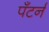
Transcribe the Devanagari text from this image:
पँटर्न